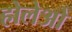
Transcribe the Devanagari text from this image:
होलेओ